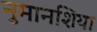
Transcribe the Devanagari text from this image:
नुमानशिया